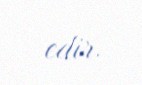
edir.